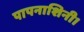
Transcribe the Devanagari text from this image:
पापनाशिनी।